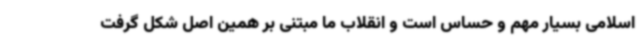
اسلامی بسیار مهم و حساس است و انقلاب ما مبتنی بر همین اصل شکل گرفت